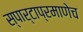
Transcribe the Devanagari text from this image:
स्पार्टाप्रमाणेच